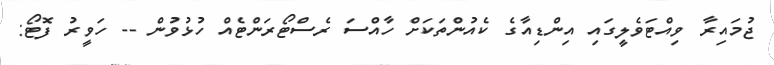
ޖުމައިރާ ވިއްޓަވެލީގައި އިންޑިއާގެ ކެއުންތަކަށް ހާއްސަ ރެސްޓޯރަންޓެއް ހުޅުވުން -- ހަވީރު ފޮޓޯ: